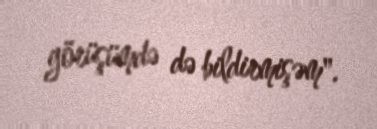
görüşümdə də bildirmişəm".